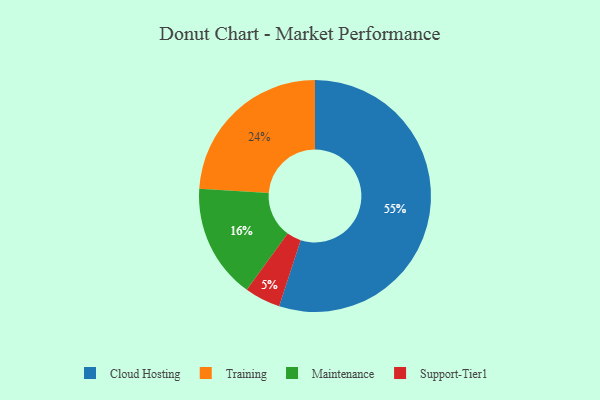
{"axis": {"x": "Category", "y": "Percentage"}, "legend": ["Cloud Hosting", "Maintenance", "Support-Tier1", "Training"], "data": [{"x": "Maintenance", "y": 16, "type": "Maintenance"}, {"x": "Cloud Hosting", "y": 55, "type": "Cloud Hosting"}, {"x": "Support-Tier1", "y": 5, "type": "Support-Tier1"}, {"x": "Training", "y": 24, "type": "Training"}]}